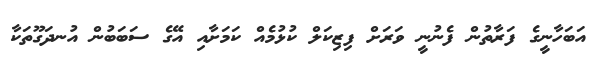
އަބަހާނީގެ ފަރާތުން ފެނުނީ ވަރަށް ފިޒިކަލް ކުޅުމެއް ކަމަށާއި އޭގެ ސަބަބުން އުނދަގޫތަކާ